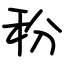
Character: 秎